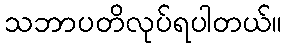
သဘာပတိလုပ်ရပါတယ်။